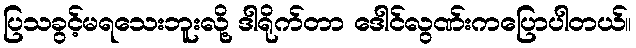
ပြသခွင့်မရသေးဘူးလို့ ဒါရိုက်တာ ဒေါင်လွဏ်းကပြောပါတယ်။